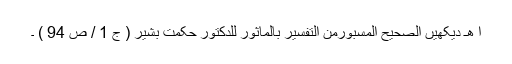
ا ھـ دیکھیں الصحیح المسبورمن التفسیر بالماثور للدکتور حکمت بشیر ( ج 1 / ص 94 ) ۔